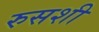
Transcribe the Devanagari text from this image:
रुसशी